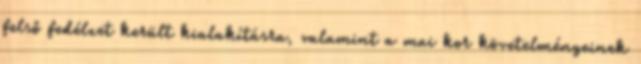
felső fedélzet került kialakításra, valamint a mai kor követelményeinek